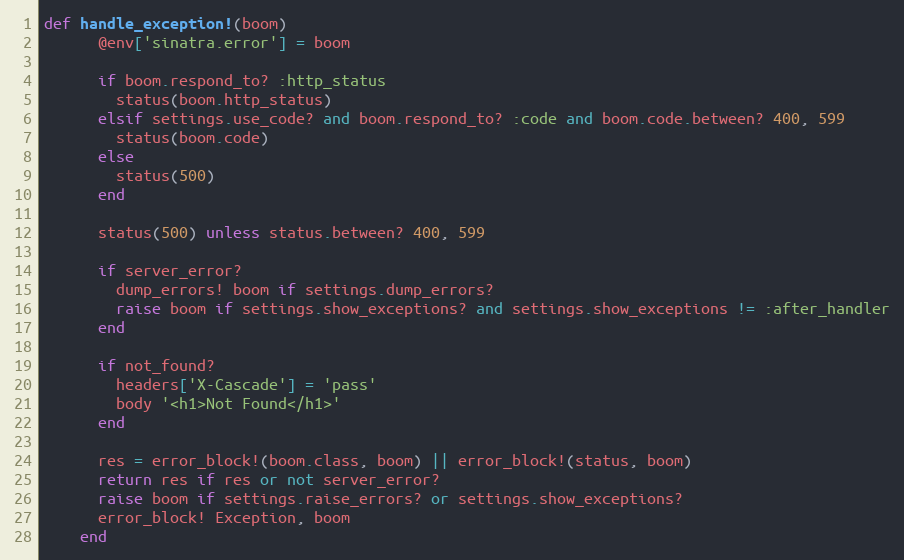
Language: Ruby
def handle_exception!(boom)
      @env['sinatra.error'] = boom

      if boom.respond_to? :http_status
        status(boom.http_status)
      elsif settings.use_code? and boom.respond_to? :code and boom.code.between? 400, 599
        status(boom.code)
      else
        status(500)
      end

      status(500) unless status.between? 400, 599

      if server_error?
        dump_errors! boom if settings.dump_errors?
        raise boom if settings.show_exceptions? and settings.show_exceptions != :after_handler
      end

      if not_found?
        headers['X-Cascade'] = 'pass'
        body '<h1>Not Found</h1>'
      end

      res = error_block!(boom.class, boom) || error_block!(status, boom)
      return res if res or not server_error?
      raise boom if settings.raise_errors? or settings.show_exceptions?
      error_block! Exception, boom
    end